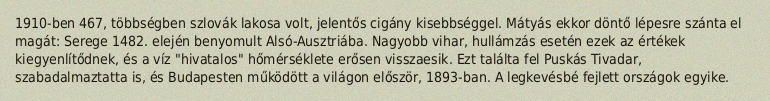
1910-ben 467, többségben szlovák lakosa volt, jelentős cigány kisebbséggel. Mátyás ekkor döntő lépesre szánta el magát: Serege 1482. elején benyomult Alsó-Ausztriába. Nagyobb vihar, hullámzás esetén ezek az értékek kiegyenlítődnek, és a víz "hivatalos" hőmérséklete erősen visszaesik. Ezt találta fel Puskás Tivadar, szabadalmaztatta is, és Budapesten működött a világon először, 1893-ban. A legkevésbé fejlett országok egyike.